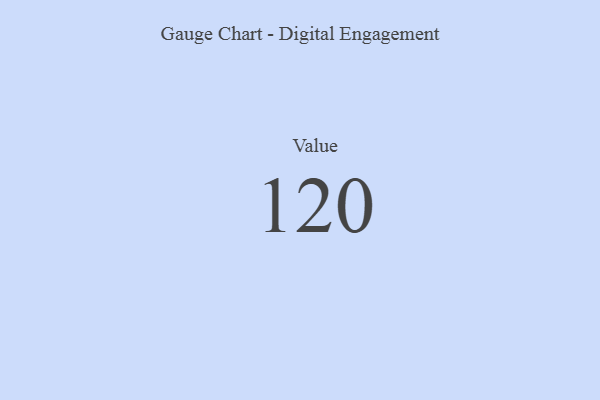
{"axis": {"x": "Metric", "y": "Value"}, "legend": [""], "data": [{"x": "Value", "y": 120, "type": ""}]}